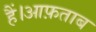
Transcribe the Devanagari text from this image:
हैं।आफ़ताब